Reports on dispensaries and lunatic asylums in the Province of Oudh - 1869-1876
Year: 1869
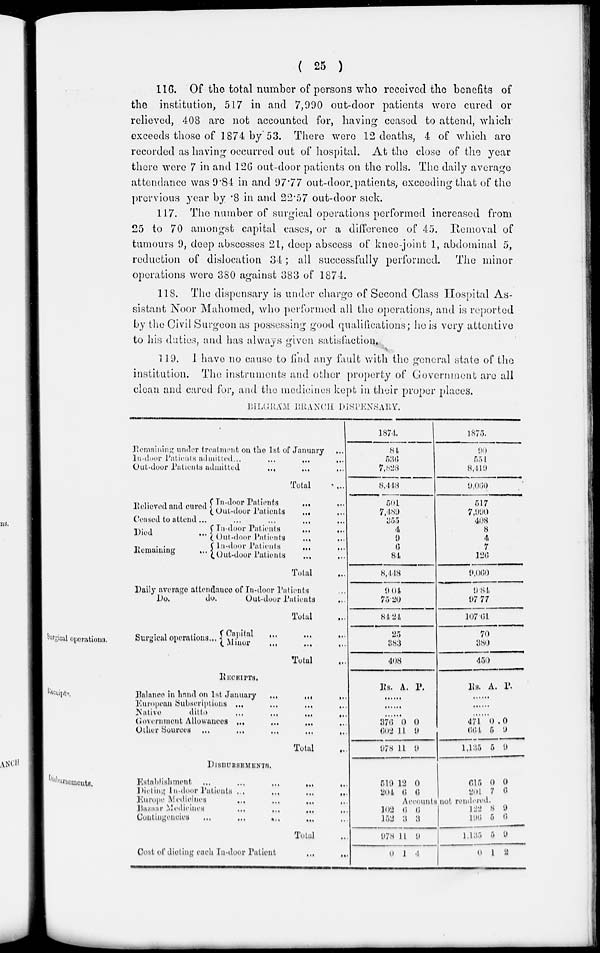
( 25 )
116. Of the total number of persons who received the benefits of
the institution, 517 in and 7,990 out-door patients were cured or
relieved, 408 are not accounted for, having ceased to attend, which
exceeds those of 1874 by 53. There were 12 deaths, 4 of which are
recorded as having occurred out of hospital. At the close of the year
there were 7 in and 126 out-door patients on the rolls. The daily average
attendance was 9.84 in and 97.77 out-door.patients, exceeding that of the
prervious year by .8 in and 22.57 out-door sick.
117. The number of surgical operations performed increased from
25 to 70 amongst capital cases, or a difference) of 45. Removal of
tumours 9, deep abscesses 21, deep abscess of knee-joint 1, abdominal 5,
reduction of dislocation 34; all successfully performed.
The minor
operations were 380 against 383 of 1874.
118. The dispensary is under charge of Second Class Hospital As-
sistant Noor Mahomed, who performed all the operations, and is reported
by the Civil Surgeon as possessing good qualifications; he is very attentive
to his duties, and has always given satisfaction.
119. I have no cause to find any fault with the general state of the
institution. The instruments and other property of Government are all
clean and cared for, and the medicines kept in their proper places.
BILGRÁM
BRANCH
DISPENSARY.
Remaining
under treatment on the 1st of January
...
In-door Patients admitted
...
...
...
...
Oul-door Patients admitted ... ... ...
Total ...
Relieved and cured In-door Patients ... ...
Out-door Patients ... ...
Ceased to attend ... ... ... ... ...
Died
...
Remaining
...
In-door Patients
...
...
Oul-door Patients
...
...
In-door Patients
...
...
Out-door Patients ... ...
Total ...
Daily average attendance of In-door Patients ...
Do.
do.
Out-door Patients ...
Total ...
1874.
84
536
7,828
8,448
501
7,489
355
4
9
6
84
8,448
9.04
75.20
84.24
1875.
90
554
8,419
9,060
517
7,990
408
8
4
7
126
9,060
9.84
97.77
107.61
Surgical operations.
Surgical operations ...
Capital ... ... ... ...
Minor
... ... ...
Total
25
383
408
70
380
450
Receipts.
RECEIPTS.
Balance in Land on 1st January
...
...
...
European Subscriptions
...
...
...
...
Native
ditto
...
...
...
...
Government Allowances ... ... ...
Other Sources
...
...
...
...
...
Total ...
Rs. A. P.
......
......
......
376
602
978
0
11
11
0
9
9
Rs. A. P.
......
......
......
471
664
1,135
0
5
5
0
9
9
Disbursements.
DISBURSEMENTS.
Establishment
...
...
...
...
...
Dieting In-door Patients
...
...
...
...
Europe Medicines
...
...
...
...
Bazaar Medicines
...
...
...
...
Contingencies
...
...
...
...
...
Total ...
Cost of dieting each In-door Patient
...
...
519
204
12
0
0
6
615
201
0
7
0
6
Accounts not rendered.
102
152
978
0
6
3
11
1
6
3
9
4
122
196
1,135
0
8
5
5
1
9
6
9
2